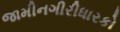
જામીનગીરીધારકો